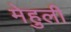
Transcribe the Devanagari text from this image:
मेहुली